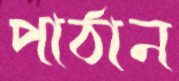
পাঠান